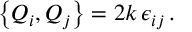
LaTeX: \left\{ Q _ { i } , Q _ { j } \right\} = 2 k \, \epsilon _ { i j } \, .